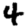
Digit: 4